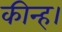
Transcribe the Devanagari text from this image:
कीन्ह।